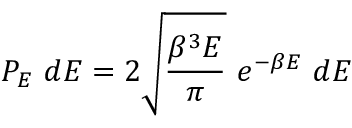
P _ { E } ~ d E = 2 { \sqrt { \frac { \beta ^ { 3 } E } { \pi } } } ~ e ^ { - \beta E } ~ d E